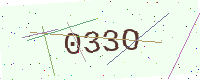
Text: 033O